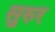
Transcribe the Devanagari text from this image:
सुरुर